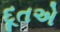
દૂતએ